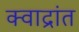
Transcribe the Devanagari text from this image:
क्वाद्रांत